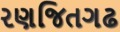
રણજિતગઢ